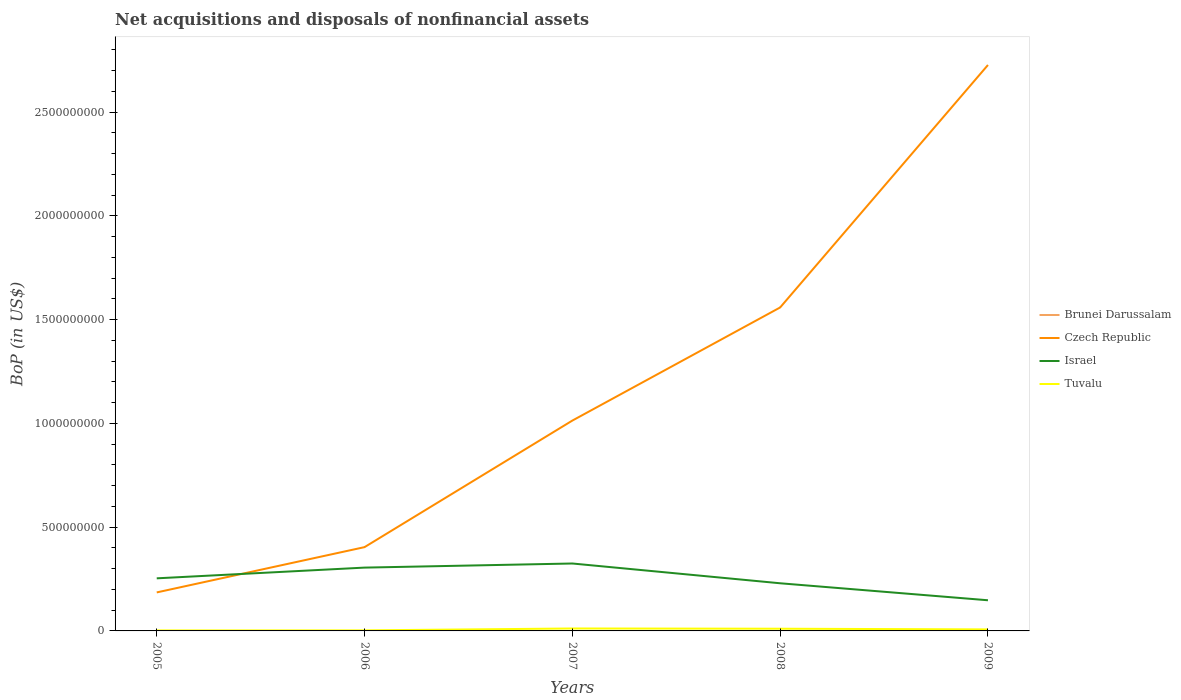
| Years | Brunei Darussalam | Czech Republic | Israel | Tuvalu |
 | --- | --- | --- | --- | --- |
 | 2005 | -8.17e+06 | 1.86e+08 | 2.53e+08 | 2.42e+06 |
 | 2006 | -7.05e+06 | 4.04e+08 | 3.05e+08 | 2.68e+06 |
 | 2007 | -7.43e+06 | 1.01e+09 | 3.25e+08 | 1.18e+07 |
 | 2008 | -7.91e+06 | 1.56e+09 | 2.3e+08 | 1.06e+07 |
 | 2009 | -1.09e+07 | 2.73e+09 | 1.48e+08 | 7.29e+06 |